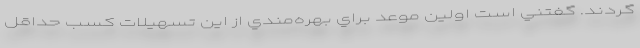
گردند. گفتني است اولين موعد براي بهره‌مندي از اين تسهيلات كسب حداقل